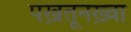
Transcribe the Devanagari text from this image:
पख़तूनख़्वा